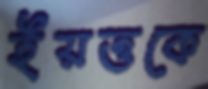
ইয়ত্তকে